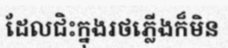
ដែលជិះក្នុងរថភ្លើងក៏មិន